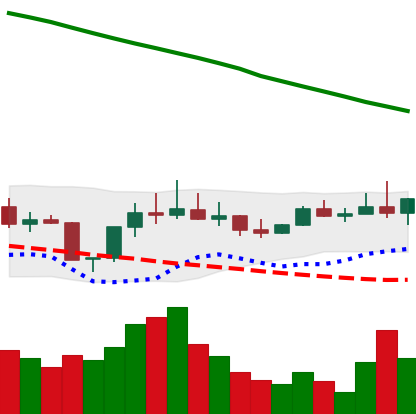
Ticker: DOGE-USD
Chart end date: 2022-08-10
Forward return: 7.76%
Label: up_7plus